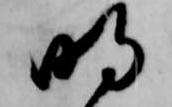
明